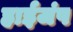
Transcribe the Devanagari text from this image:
हाईजंप